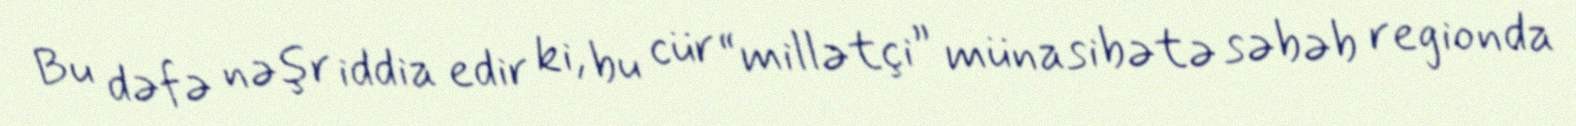
Bu dəfə nəşr iddia edir ki, bu cür “millətçi” münasibətə səbəb regionda